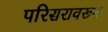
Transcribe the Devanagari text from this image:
परिसरावरून